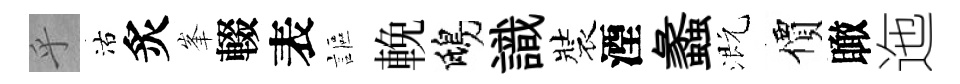
乎沽炙峯輟表謳輓鴟識裝湮蠡溉價瞰迤